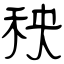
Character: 秧